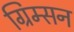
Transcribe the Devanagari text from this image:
ग्रिम्सन